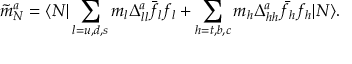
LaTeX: \tilde { m } _ { N } ^ { a } = \langle N | \sum _ { l = u , d , s } m _ { l } \Delta _ { l l } ^ { a } \bar { f _ { l } } f _ { l } + \sum _ { h = t , b , c } m _ { h } \Delta _ { h h } ^ { a } \bar { f _ { h } } f _ { h } | N \rangle .